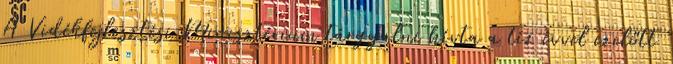
A Vidékfejlesztési Minisztérium tárgyalni hívta a tíz évvel ezelőtt